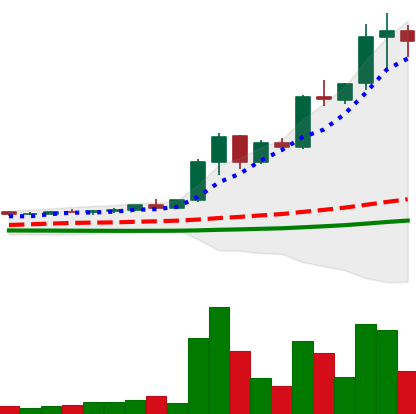
Ticker: XRP-USD
Chart end date: 2021-04-15
Forward return: -21.674%
Label: down_7plus